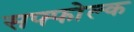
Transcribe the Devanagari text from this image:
सफ्फोल्क